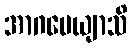
အာဂမေယျာသိ